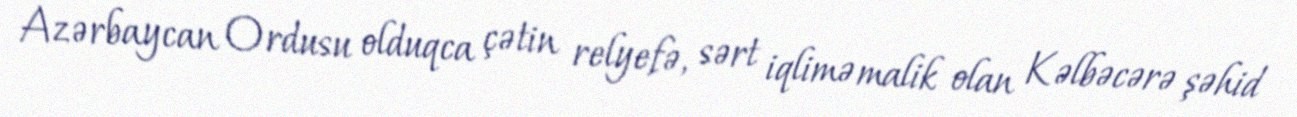
Azərbaycan Ordusu olduqca çətin relyefə, sərt iqlimə malik olan Kəlbəcərə şəhid